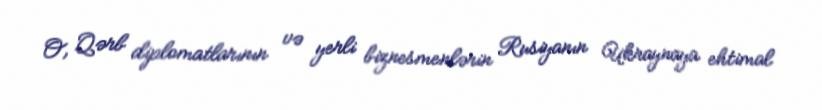
O, Qərb diplomatlarının və yerli biznesmenlərin Rusiyanın Ukraynaya ehtimal